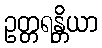
ဥတ္တရန္တိယာ